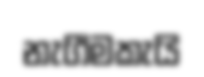
නැගීමකැයි